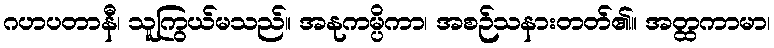
ဂဟပတာနီ၊ သူကြွယ်မသည်။ အနုကမ္ပိကာ၊ အစဉ်သနားတတ်၏။ အတ္ထကာမာ၊